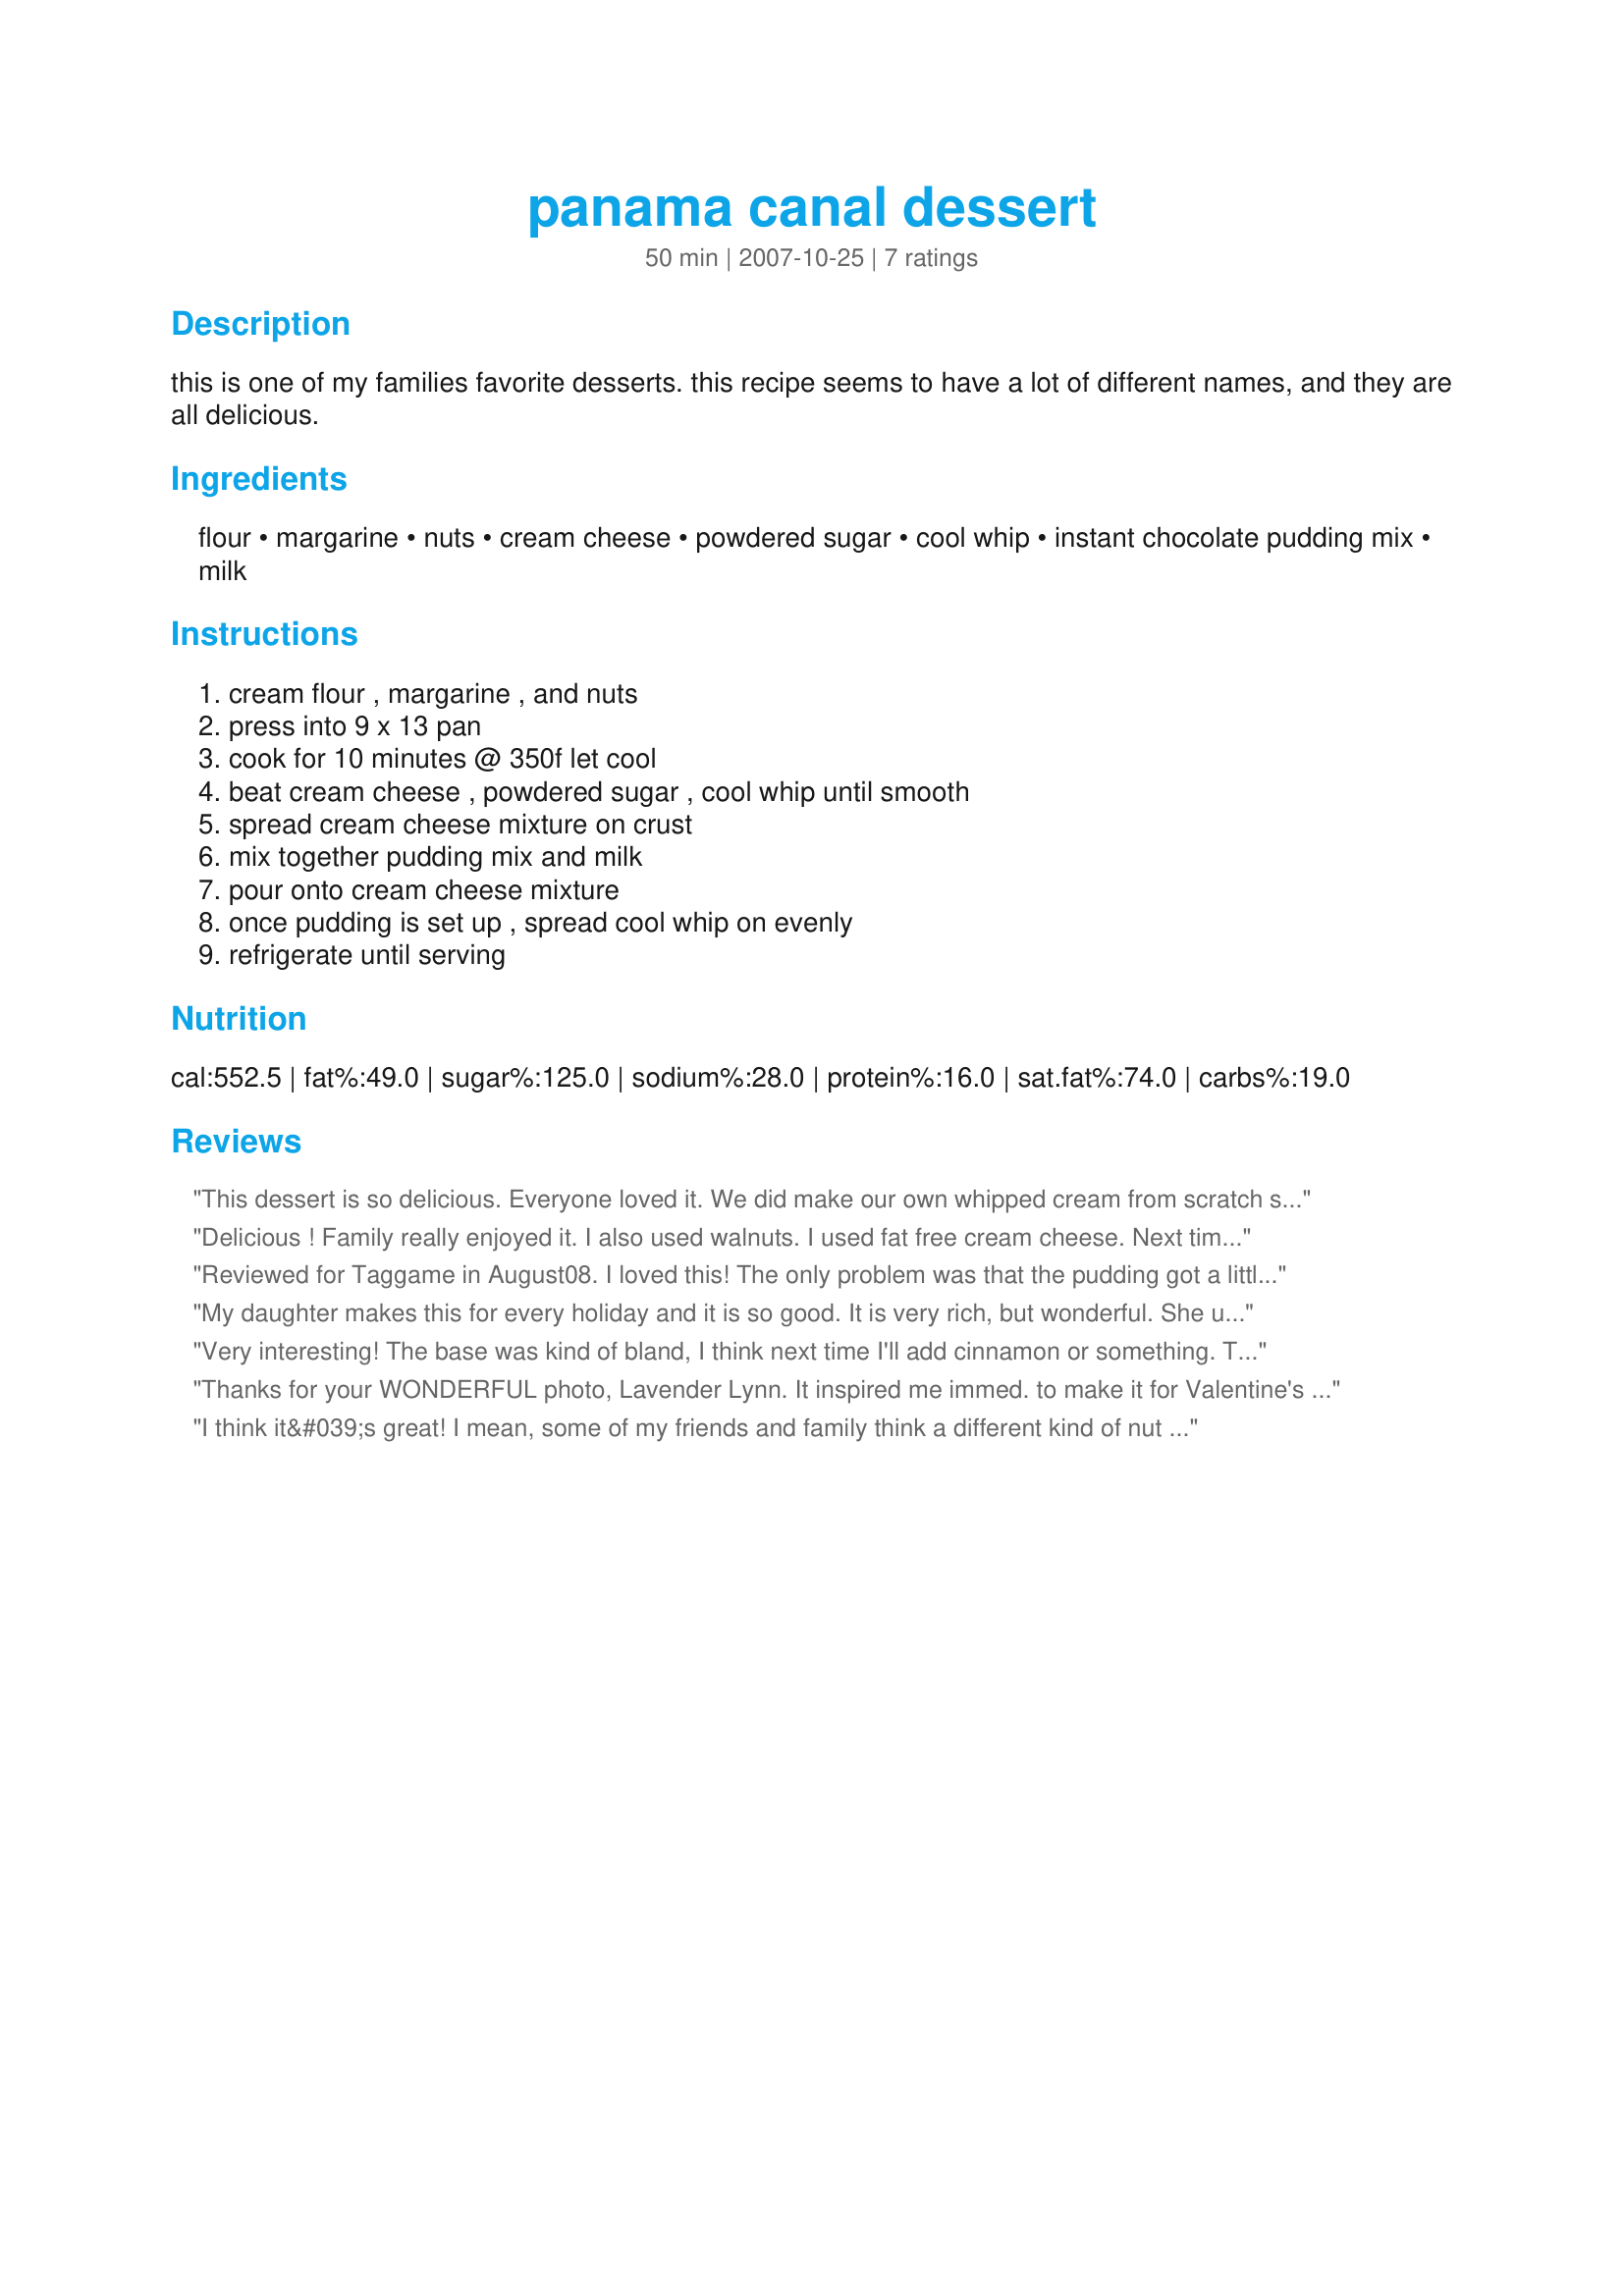
panama canal dessert
Preparation time: 50 minutes

this is one of my families favorite desserts. this recipe seems to have a lot of different names, and they are all delicious.

Ingredients:
flour, margarine, nuts, cream cheese, powdered sugar, cool whip, instant chocolate pudding mix, milk

Steps:
cream flour , margarine , and nuts, press into 9 x 13 pan, cook for 10 minutes @ 350f let cool, beat cream cheese , powdered sugar , cool whip until smooth, spread cream cheese mixture on crust, mix together pudding mix and milk, pour onto cream cheese mixture, once pudding is set up , spread cool whip on evenly, refrigerate until serving

Reviews:
This dessert is so delicious. Everyone loved it. We did make our own whipped cream from scratch super quickly and it turned out great. I am positive you will not regret making this!
Delicious ! Family really enjoyed it. I also used walnuts. I used fat free cream cheese. Next time I am going to use regular cream cheese. Excellent flavor, and taste. Thanks for the post.
Reviewed for Taggame in August08. I loved this! The only problem was that the pudding got a little too stiff so i could not really smear it on the cream cheese layer. But i have no clue what to do about that. I used hazel nuts in the 1st layer which fitted well with the chocolate. I will make this again, thank you!
My daughter makes this for every holiday and it is so good. It is very rich, but wonderful. She uses pecans in the crust, but otherwise the recipe is the same.
Very interesting! The base was kind of bland, I think next time I'll add cinnamon or something. The cream cheese layer was something new with the icing added. For the pudding layer I only had 2 boxes of chocolate pudding so I added a box of banana pudding. I skipped the cool whip layer since we're not too big on plain cool whip here. Thanks for something new!
Thanks for your WONDERFUL photo, Lavender Lynn. It inspired me immed. to make it for Valentine's Day! I actually made Recipe #26213 (slightly scaled back ingred. amounts) and didn't see your "Panama Canal" recipe till afterwards. Your photo is my favorite dessert photo on Zaar! This dessert is the BEST and sure to please- I will be sure to include this for my holiday menus, too. Thanks for posting.
Roxygirl
I think it&#039;s great! I mean, some of my friends and family think a different kind of nut would be better since they don&#039;t like walnuts, but it&#039;s still a great dessert. I had to do a presentation on Panama for my geography class, and had to bring a food. I made this, and my geography teacher loved it! It was pretty much all he ate out of all the food! :) Thanks!
